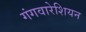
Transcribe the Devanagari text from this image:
गंगवारेशियन